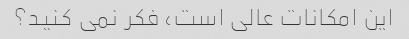
این امکانات عالی است، فکر نمی کنید؟